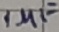
Text: 1µF